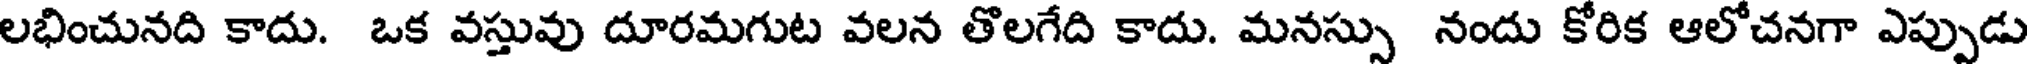
లభించునది కాదు. ఒక వస్తువు దూరమగుట వలన తొలగేది కాదు. మనస్సు నందు కోరిక ఆలోచనగా ఎప్పుడు